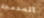
المدمجة